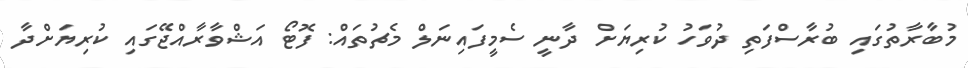
މުބާރާތުގައި ބުރާސްފަތި ދުވަހު ކުރިޔަށް ދާނީ ސެމީފައިނަލް މެޗުތައް: ފޮޓޯ އަޝްވާރާއްޖޭގައި ކުރިޔަށްދާ